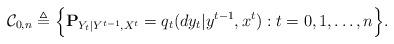
LaTeX: \begin{align*}{\cal C}_{0,n}\triangleq\Big\{{\bf P}_{Y_t|Y^{t-1}, X^t}=q_t(dy_t|y^{t-1},x^{t}) : t=0,1, \ldots, n \Big\}. \end{align*}